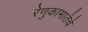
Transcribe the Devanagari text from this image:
रेणुकामातेचे